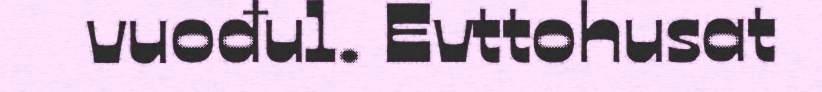
vuođul. Evttohusat